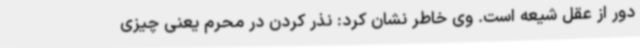
دور از عقل شیعه است. وی خاطر نشان کرد: نذر کردن در محرم یعنی چیزی